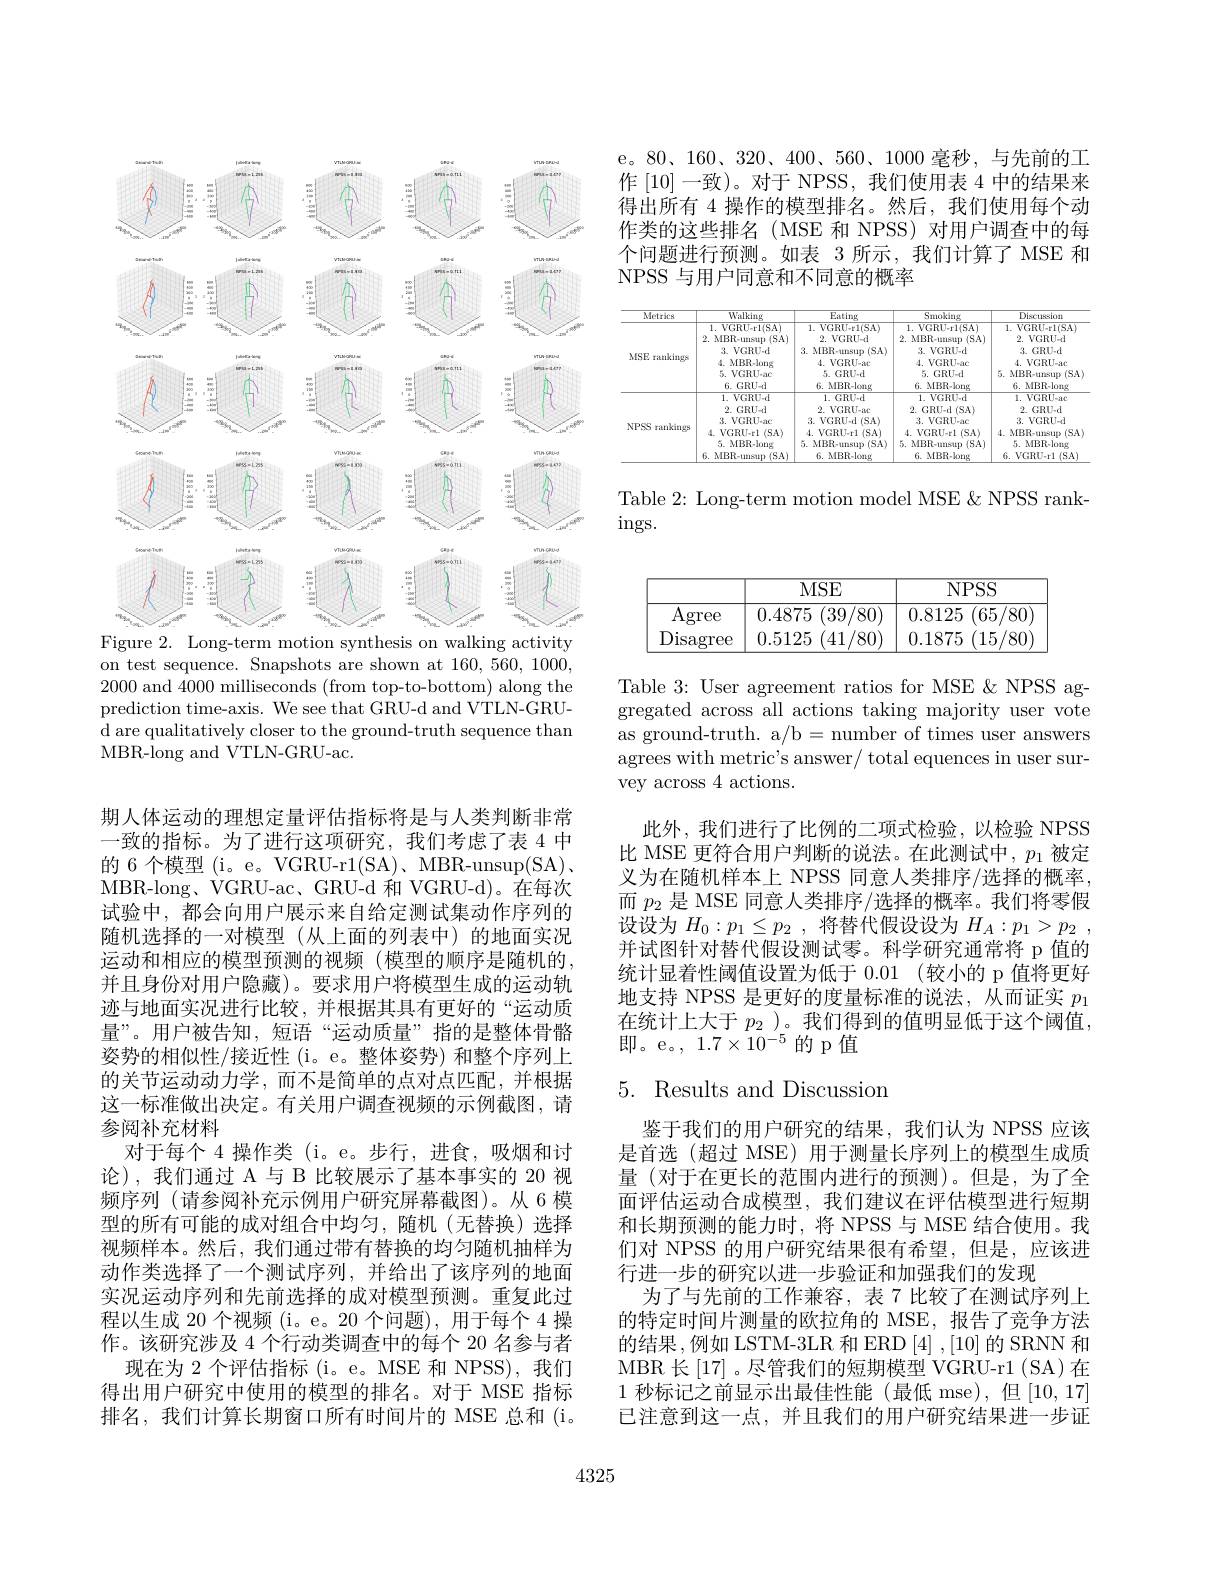
<FigureHere>
Figure 2. Long-term motion synthesis on walking activity

on test sequence. Snapshots are shown at 160,560, 1000, 2000 and 4000 milliseconds (from top-to-bottom) along the prediction time-axis. We see that GRU-d and VTLN-GRUd are qualitatively closer to the ground-truth sequence than MBR-long and VTLN-GRU-ac.

期人体运动的理想定量评估指标将是与人类判断非常一致的指标。为了进行这项研究，我们考虑了表 4 中的 6 个模型 (i。e。VGRU-r1(SA)、MBR-unsup(SA), MBR-long、VGRU-ac、GRU-d 和 VGRU-d)。在每次试验中，都会向用户展示来自给定测试集动作序列的随机选择的一对模型(从上面的列表中)的地面实况运动和相应的模型预测的视频(模型的顺序是随机的， 并且身份对用户隐藏)。要求用户将模型生成的运动轨迹与地面实况进行比较，并根据其具有更好的“运动质量”。用户被告知，短语“运动质量”指的是整体骨骼姿势的相似性/接近性(i。e。整体姿势) 和整个序列上的关节运动动力学，而不是简单的点对点匹配，并根据这一标准做出决定。有关用户调查视频的示例截图，请参阅补充材料
对于每个 4 操作类 (i。e。步行，进食，吸烟和讨论),我们通过 A 与 B 比较展示了基本事实的 20 视频序列 (请参阅补充示例用户研究屏幕截图)。从 6 模型的所有可能的成对组合中均匀，随机(无替换)选择视频样本。然后，我们通过带有替换的均匀随机抽样为动作类选择了一个测试序列，并给出了该序列的地面实况运动序列和先前选择的成对模型预测。重复此过程以生成 20 个视频 (i。e。20 个问题),用于每个 4 操作。该研究涉及 4 个行动类调查中的每个 20 名参与者
现在为 2 个评估指标 (i。e。MSE 和 NPSS),我们得出用户研究中使用的模型的排名。对于 MSE 指标排名，我们计算长期窗口所有时间片的 MSE 总和 (i。

e。80、160、320、400、560、1000毫秒，与先前的工作[10]一致)。对于 NPSS, 我们使用表 4 中的结果来得出所有 4 操作的模型排名。然后，我们使用每个动作类的这些排名(MSE 和 NPSS)对用户调查中的每个问题进行预测。如表 3 所示，我们计算了 MSE 和NPSS 与用户同意和不同意的概率

<table>
	<tbody>
		<tr>
			<th>Metricsa</th>
			<th>Walking</th>
			<th>$\overline{\text{Eating}}$</th>
			<th>Smoking</th>
			<th>Discussion</th>
		</tr>
		<tr>
			<td>MSE rankingse</td>
			<td>1. VGRU-r1(SA) 2. MBR-unsup (SA) 1 $3.VGRU-d$ 4 MBR-long $5.VGRU-aC$ 6.GRU-d</td>
			<td>1. VGRU-r1(SA) $2.VGRU=d$ 3. MBR-unsup (SA) 1 $4.VGRU-aC$ 5. GRU.d 6. MBR-long</td>
			<td>1. $VGRU- r1( SA)$ 2. MBR-unsup (SA) $3.VGRU-d$ $4.VGRU-aC$ 5. GRU- d 6. MBR-long</td>
			<td>1. VGRU-r1(SA) $2.VGRU=d$ 3. GRU.d $4.VGRU-ac$ 5. MBR-urasup (SA 6. MBR-long</td>
		</tr>
		<tr>
			<td>NPS r rankingse</td>
			<td>$1.VGRU-d$ 2.GRU-d $3.VGRU-aC$ $4.VGRU-r1$ 1 (SA) 5. MBR-long 6. MBR-unsup (SA)</td>
			<td>1. GRU.d 2. VGRU-atC $3.VGRU-d$ (SA) $4.VGRU-r1$ (SA) 5. MBR-unsup (SA) 6. MBR-long</td>
			<td>$1.VGRU-d$ 2.GRU-d(SA) $3.VGRU-aC$ $4.VGRU-r1$ (SA) 5. MBR-unsup (SA) 6. MBR-long</td>
			<td>$1.VGRU-ac$ 2. $GRU. d$ $3.VGRU=d$ 4. MBR-urasup (SA 5. MBR-long $6.VGRU-r1~(SA)$</td>
		</tr>
	</tbody>
</table>

Table 2: Long-term motion model MSE &NPSS rank-
$\operatorname{ings.}$

<table>
	<tbody>
		<tr>
			<th> </th>
			<th>MSE</th>
			<th>$NPSS$</th>
		</tr>
		<tr>
			<td>Agree</td>
			<td>0.4875 (39, /80)</td>
			<td>0.8125 $^{'}65$, /80</td>
		</tr>
		<tr>
			<td>Disagree</td>
			<td>0.5125 (41 $^{/80}$</td>
			<td>0.1875 (15/80</td>
		</tr>
	</tbody>
</table>

Table 3: User agreement ratios for MSE &NPSS aggregated across all actions taking majority user vote as ground-truth. a/b= number of times user answers agrees with metric's answer/ total equences in user survey across 4 actions.

此外，我们进行了比例的二项式检验，以检验 NPSS 比 MSE 更符合用户判断的说法。在此测试中，$p_1$被定义为在随机样本上 NPSS 同意人类排序/选择的概率， 而$p_2$是 MSE 同意人类排序/选择的概率。我们将零假设设为$H_0:p_1\leq p_2$ ,将替代假设设为$H_A:p_1>p_2$ 并试图针对替代假设测试零。科学研究通常将 p 值的统计显着性阈值设置为低于 0.01 (较小的 p 值将更好地支持 NPSS 是更好的度量标准的说法，从而证实$p_{1}$ 在统计上大于$p_2$ )。我们得到的值明显低于这个阈值， 即。e。, $1.7\times10^{-5}$的p值

# 5. Results and Discussion

鉴于我们的用户研究的结果，我们认为 NPSS 应该是首选 (超过 MSE) 用于测量长序列上的模型生成质量(对于在更长的范围内进行的预测)。但是，为了全面评估运动合成模型，我们建议在评估模型进行短期和长期预测的能力时，将 NPSS 与 MSE 结合使用。我们对 NPSS 的用户研究结果很有希望，但是，应该进行进一步的研究以进一步验证和加强我们的发现
为了与先前的工作兼容，表 7 比较了在测试序列上的特定时间片测量的欧拉角的 MSE, 报告了竞争方法的结果，例如 LSTM-3LR 和 ERD [4],[10]的 SRNN 和MBR 长[17] 。尽管我们的短期模型 VGRU-r1 (SA)在1 秒标记之前显示出最佳性能(最低 mse),但[10,17] 已注意到这一点，并且我们的用户研究结果进一步证

4325